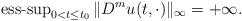
LaTeX: \begin{align*} \operatorname{ess-sup}_{0<t \le t_0} \| D^m u(t,\cdot) \|_{\infty} =+\infty.\end{align*}